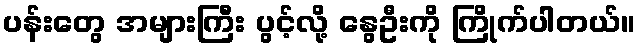
ပန်းတွေ အများကြီး ပွင့်လို့ နွေဦးကို ကြိုက်ပါတယ်။